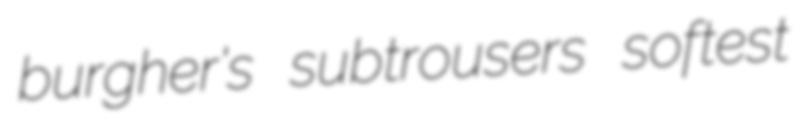
burgher's subtrousers softest